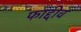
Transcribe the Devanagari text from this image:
फाद्दीव